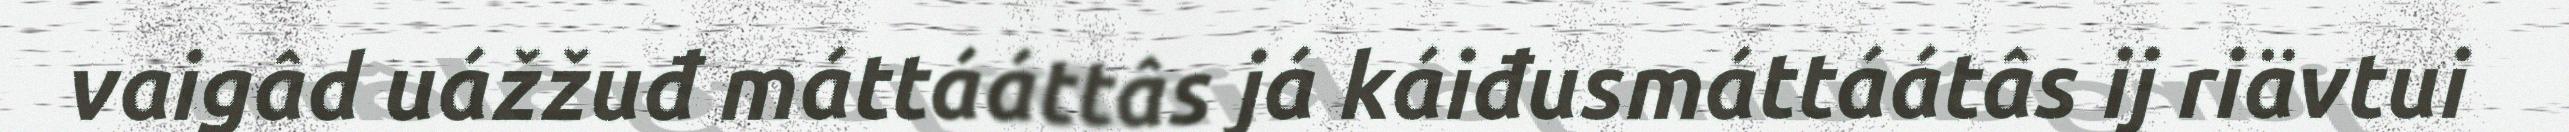
vaigâd uážžuđ máttááttâs já káiđusmáttáátâs ij riävtui